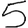
Digit: 5